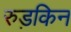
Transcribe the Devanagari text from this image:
रुड़किन